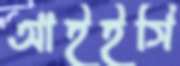
আইইসি